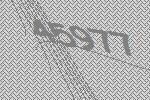
45977